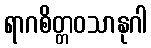
ရာဂစိတ္တဝသာနုဂါ